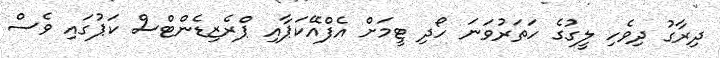
ދިރާގު ދިވެހި ލީގުގެ ހަތަރުވަނަ ހޯދި ޓީމަށް އެފްއޭކަޕާއި ޕްރެޒިޑެންޓްސް ކަޕުގައި ވެސް